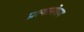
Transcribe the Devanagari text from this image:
प्रत्‍यारोपण